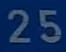
25